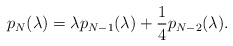
\begin{align*} p_N(\lambda) = \lambda p_{N-1}(\lambda) + \frac{1}{4}p_{N-2}(\lambda).\end{align*}